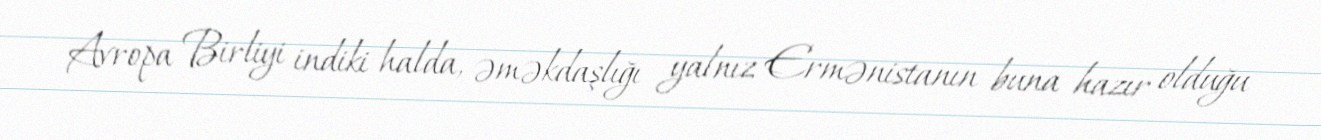
Avropa Birliyi indiki halda, əməkdaşlığı yalnız Ermənistanın buna hazır olduğu